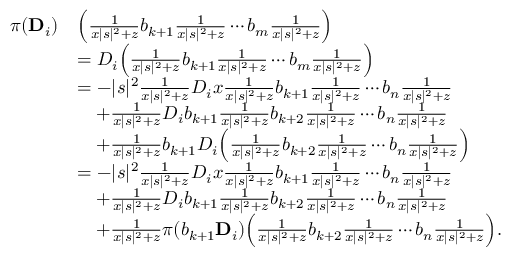
\begin{array} { r l } { \pi ( \mathbf { D } _ { i } ) } & { \Big ( \frac { 1 } { x | s | ^ { 2 } + z } b _ { k + 1 } \frac { 1 } { x | s | ^ { 2 } + z } \cdots b _ { m } \frac { 1 } { x | s | ^ { 2 } + z } \Big ) } \\ & { = D _ { i } \Big ( \frac { 1 } { x | s | ^ { 2 } + z } b _ { k + 1 } \frac { 1 } { x | s | ^ { 2 } + z } \cdots b _ { m } \frac { 1 } { x | s | ^ { 2 } + z } \Big ) } \\ & { = - | s | ^ { 2 } \frac { 1 } { x | s | ^ { 2 } + z } D _ { i } x \frac { 1 } { x | s | ^ { 2 } + z } b _ { k + 1 } \frac { 1 } { x | s | ^ { 2 } + z } \cdots b _ { n } \frac { 1 } { x | s | ^ { 2 } + z } } \\ & { \quad + \frac { 1 } { x | s | ^ { 2 } + z } D _ { i } b _ { k + 1 } \frac { 1 } { x | s | ^ { 2 } + z } b _ { k + 2 } \frac { 1 } { x | s | ^ { 2 } + z } \cdots b _ { n } \frac { 1 } { x | s | ^ { 2 } + z } } \\ & { \quad + \frac { 1 } { x | s | ^ { 2 } + z } b _ { k + 1 } D _ { i } \Big ( \frac { 1 } { x | s | ^ { 2 } + z } b _ { k + 2 } \frac { 1 } { x | s | ^ { 2 } + z } \cdots b _ { n } \frac { 1 } { x | s | ^ { 2 } + z } \Big ) } \\ & { = - | s | ^ { 2 } \frac { 1 } { x | s | ^ { 2 } + z } D _ { i } x \frac { 1 } { x | s | ^ { 2 } + z } b _ { k + 1 } \frac { 1 } { x | s | ^ { 2 } + z } \cdots b _ { n } \frac { 1 } { x | s | ^ { 2 } + z } } \\ & { \quad + \frac { 1 } { x | s | ^ { 2 } + z } D _ { i } b _ { k + 1 } \frac { 1 } { x | s | ^ { 2 } + z } b _ { k + 2 } \frac { 1 } { x | s | ^ { 2 } + z } \cdots b _ { n } \frac { 1 } { x | s | ^ { 2 } + z } } \\ & { \quad + \frac { 1 } { x | s | ^ { 2 } + z } \pi ( b _ { k + 1 } \mathbf { D } _ { i } ) \Big ( \frac { 1 } { x | s | ^ { 2 } + z } b _ { k + 2 } \frac { 1 } { x | s | ^ { 2 } + z } \cdots b _ { n } \frac { 1 } { x | s | ^ { 2 } + z } \Big ) . } \end{array}